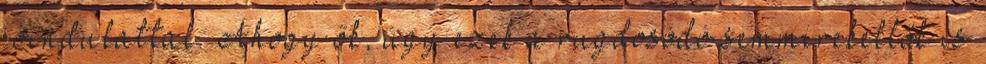
jóindulattal. Ahogy ők, úgy ezek a rugdosódó semmirekellők is